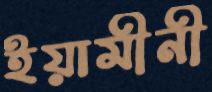
ইয়ামীনী